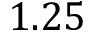
1 . 2 5